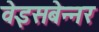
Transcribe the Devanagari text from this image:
वेइसबेन्नर